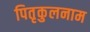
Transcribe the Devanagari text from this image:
पितृकुलनाम